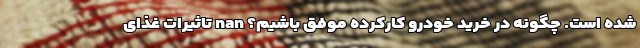
شده است. چگونه در خرید خودرو کارکرده موفق باشیم؟ nan تاثیرات غذای